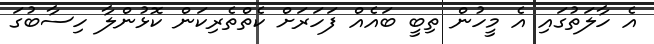
އެ ހާލަތުގައި އެ މީހުން ތިބީ ބައެއް ފަހަރަށް ކެތްތެރިކަން ކޮޅުންލާ ހިސާބުގަ